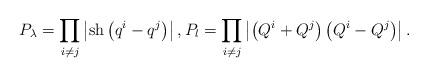
LaTeX: \begin{align*}P_{\lambda}=\prod_{i\neq j}\left|{\rm sh}\left(q^{i}-q^{j}\right)\right|, P_{l}=\prod_{i\neq j}\left|\left(Q^{i}+Q^{j}\right)\left(Q^{i}-Q^{j}\right)\right|. \end{align*}